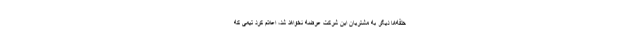
حلقه‌ها دیگر به مشتریان این شرکت عرضه نخواهد شد، اعلام کرد تیمی که